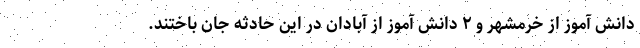
دانش آموز از خرمشهر و ۲ دانش آموز از آبادان در این حادثه جان باختند.